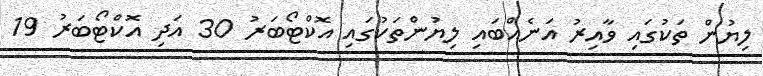
ލިޔުން ތަކުގައި ވާއިރު އަނެއްބައި ލިޔުންތަކުގައި އޮކްޓޯބަރު 30 އަދި އޮކްޓޯބަރު 19